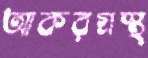
আকরগ্রস্থ